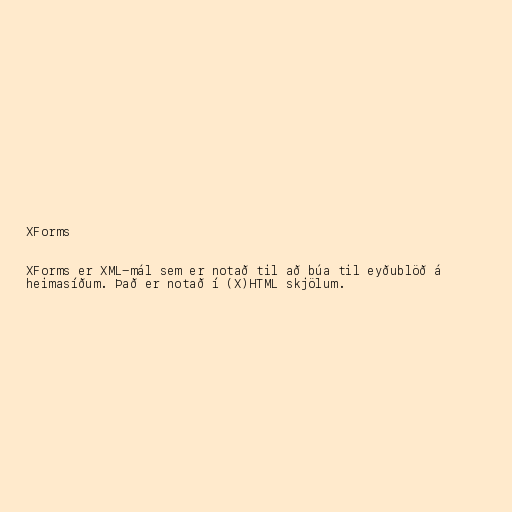
XForms

XForms er XML-mál sem er notað til að búa til eyðublöð á
heimasíðum. Það er notað í (X)HTML skjölum.